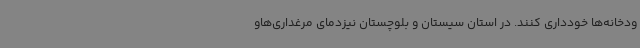
ودخانه‌ها خودداری کنند. در استان سیستان و بلوچستان نیزدمای مرغداری‌هاو